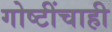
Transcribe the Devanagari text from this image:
गोष्टींचाही